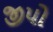
જીપો